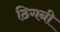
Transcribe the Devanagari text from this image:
ठिगनी